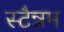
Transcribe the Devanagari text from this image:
स्टैन्नम